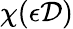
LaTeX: \chi(\epsilon\mathcal{D})